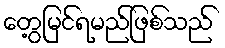
တွေ့မြင်ရမည်ဖြစ်သည်